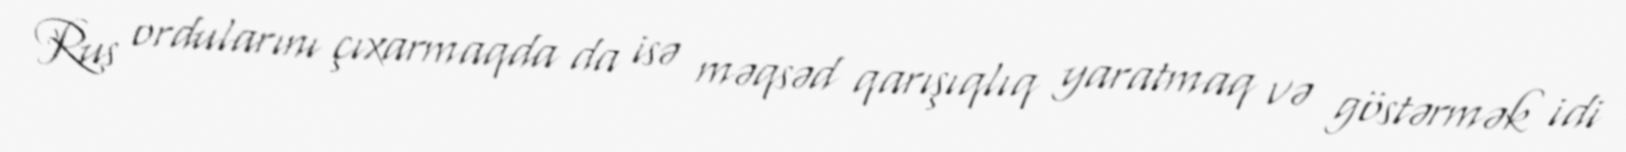
Rus ordularını çıxarmaqda da isə məqsəd qarışıqlıq yaratmaq və göstərmək idi